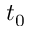
t _ { 0 }